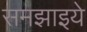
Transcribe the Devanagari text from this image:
समझाइये